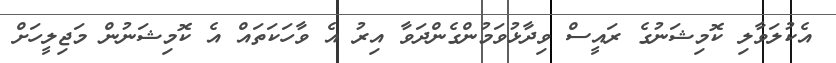
އެކުލަވާލި ކޮމިޝަނުގެ ރައީސް ވިދާޅުވަމުންގެންދަވާ އިރު އެ ވާހަކަތައް އެ ކޮމިޝަނުން މަޖިލީހަށް